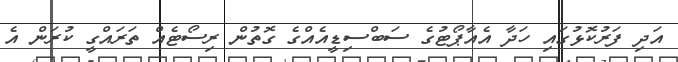
އަދި ފަރުކޮޅުގައި ހަދާ އެއާޕޯޓުގެ ސަބްސިޑީއެއްގެ ގޮތުން ރިސޯޓެއް ތަރައްގީ ކުރަން އެ